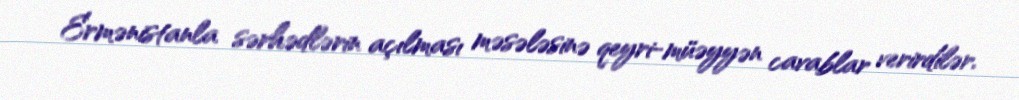
Ermənistanla sərhədlərin açılması məsələsinə qeyri-müəyyən cavablar verirdilər.